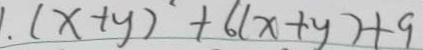
1 . ( x + y ) ^ { 2 } + 6 ( x + y ) + 9